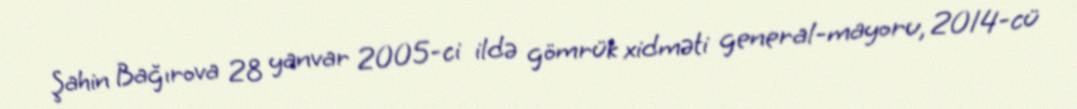
Şahin Bağırova 28 yanvar 2005-ci ildə gömrük xidməti general-mayoru, 2014-cü